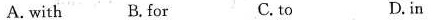
A. with B. for C. to D.in